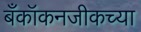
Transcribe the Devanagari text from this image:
बँकॉकनजीकच्या